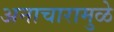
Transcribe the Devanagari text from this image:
अनाचारामुळे